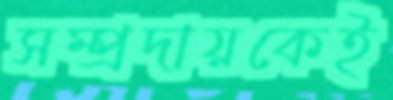
সম্প্রদায়কেই